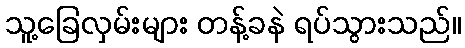
သူ့ခြေလှမ်းများ တန့်ခနဲ ရပ်သွားသည်။